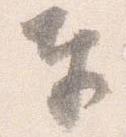
奉